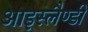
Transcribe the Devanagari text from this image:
आइस्लैण्डी